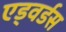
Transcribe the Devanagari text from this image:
एड्वर्डस